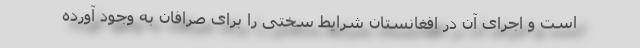
است و اجرای آن در افغانستان شرایط سختی را برای صرافان به وجود آورده